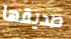
صديقها